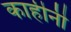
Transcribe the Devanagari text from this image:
काहीनी